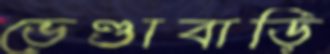
ভেণ্ডাবাড়ি